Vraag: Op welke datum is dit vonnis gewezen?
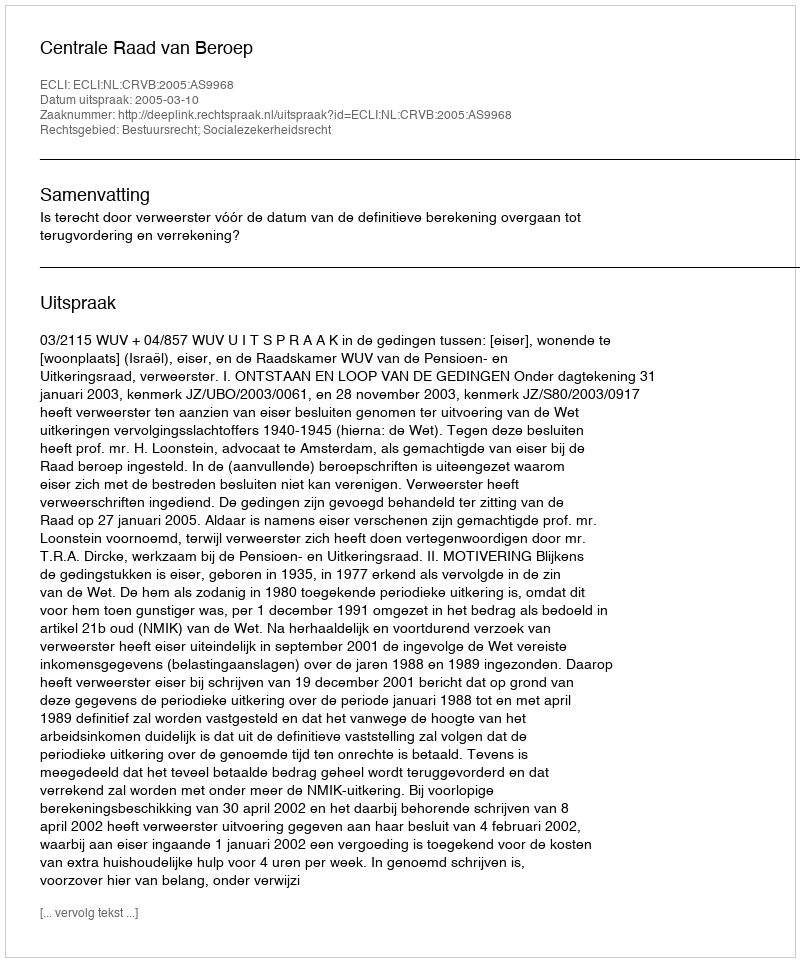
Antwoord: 2005-03-10